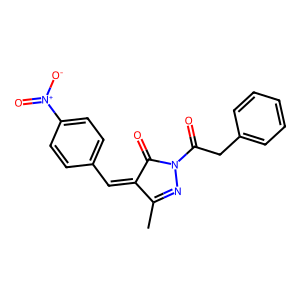
SMILES: CC1=NN(C(=O)Cc2ccccc2)C(=O)C1=Cc1ccc([N+](=O)[O-])cc1
Inhibits HIV replication: No